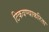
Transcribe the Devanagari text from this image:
टिकवण्याकरिता